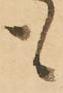
も